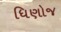
ધિણોજ